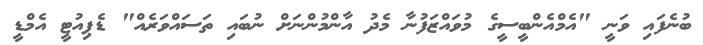
ބުނެފައި ވަނީ "އެމްއެންބީސީގެ މުވައްޒަފުނާ މެދު އާންމުންނަށް ނުބައި ތަސައްވަރެއް" ޑެޕިއުޓީ އެމްޑީ